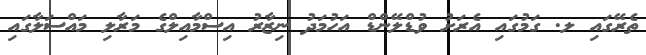
ތެރޭގައި ލ. ގަމުގައި އެރަށު ވުޑްލޭންޑް އަހުމަދު ނިޒާރު އިސްމާއިލްގެ މަރާލި މައްސަލާގައި